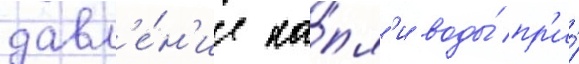
давл'е́н'ие ка́пл'и воды́ пр'и́